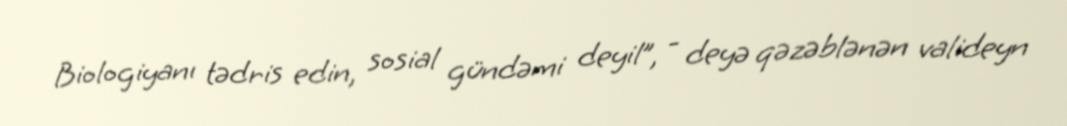
Biologiyanı tədris edin, sosial gündəmi deyil”, - deyə qəzəblənən valideyn